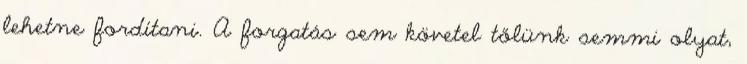
lehetne fordítani. A forgatás sem követel tőlünk semmi olyat,